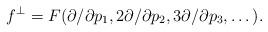
LaTeX: \begin{align*}f^\perp= F(\partial/\partial p_1,2\partial/\partial p_2, 3\partial/\partial p_3,\dots).\end{align*}